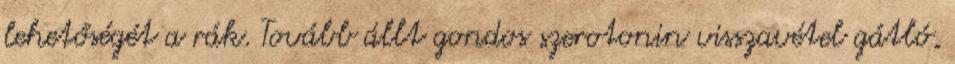
lehetőségét a rák. Tovább állt gondos szerotonin visszavétel gátló,